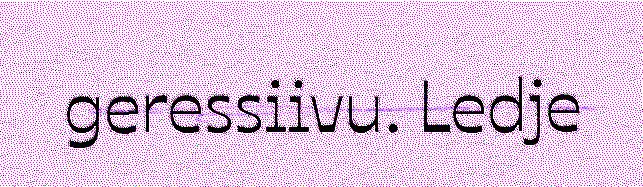
geressiivu. Ledje